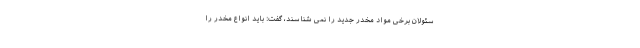
سئولان برخی مواد مخدر جدید را نمی شناسند، گفت: باید انواع مخدر را